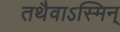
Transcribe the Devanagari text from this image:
तथैवाऽस्मिन्